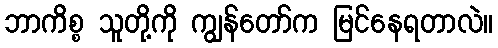
ဘာကိစ္စ သူတို့ကို ကျွန်တော်က မြင်နေရတာလဲ။